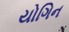
યોગિન